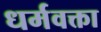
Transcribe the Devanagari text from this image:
धर्मवक्ता